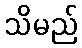
သိမည်